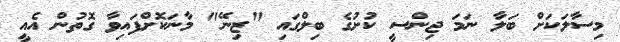
މިސާލަކަށް ބަލާ ނަމަ ޖިންސީ ކުށުގެ ބިލްގައި "ޒިނޭ" މާނަކޮށްފައިވާ ގޮތުން އެއީ